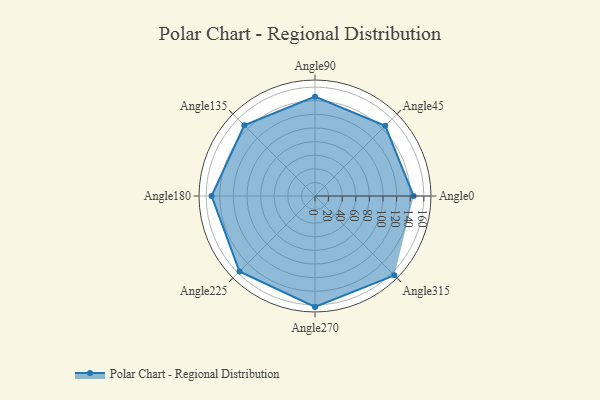
{"axis": {"x": "Angle", "y": "Radius"}, "legend": [""], "data": [{"x": "Angle0", "y": 145.0, "type": ""}, {"x": "Angle45", "y": 146.0, "type": ""}, {"x": "Angle90", "y": 146.0, "type": ""}, {"x": "Angle135", "y": 147.0, "type": ""}, {"x": "Angle180", "y": 152.0, "type": ""}, {"x": "Angle225", "y": 157.0, "type": ""}, {"x": "Angle270", "y": 163.0, "type": ""}, {"x": "Angle315", "y": 165.0, "type": ""}]}